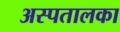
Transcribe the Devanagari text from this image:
अस्पतालका